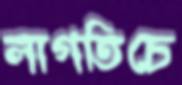
লাগতিচে